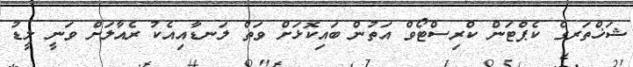
ޝަޚްތަރގެ ކެޕްޓަން ކްރިސްޓޯވް އަތުން ބައިކޮޅަށް ވަތް ލަނޑާއިއެކު ރެއާލަށް ވަނީ ލީޑު